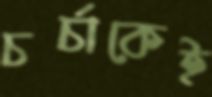
চর্চাকেই